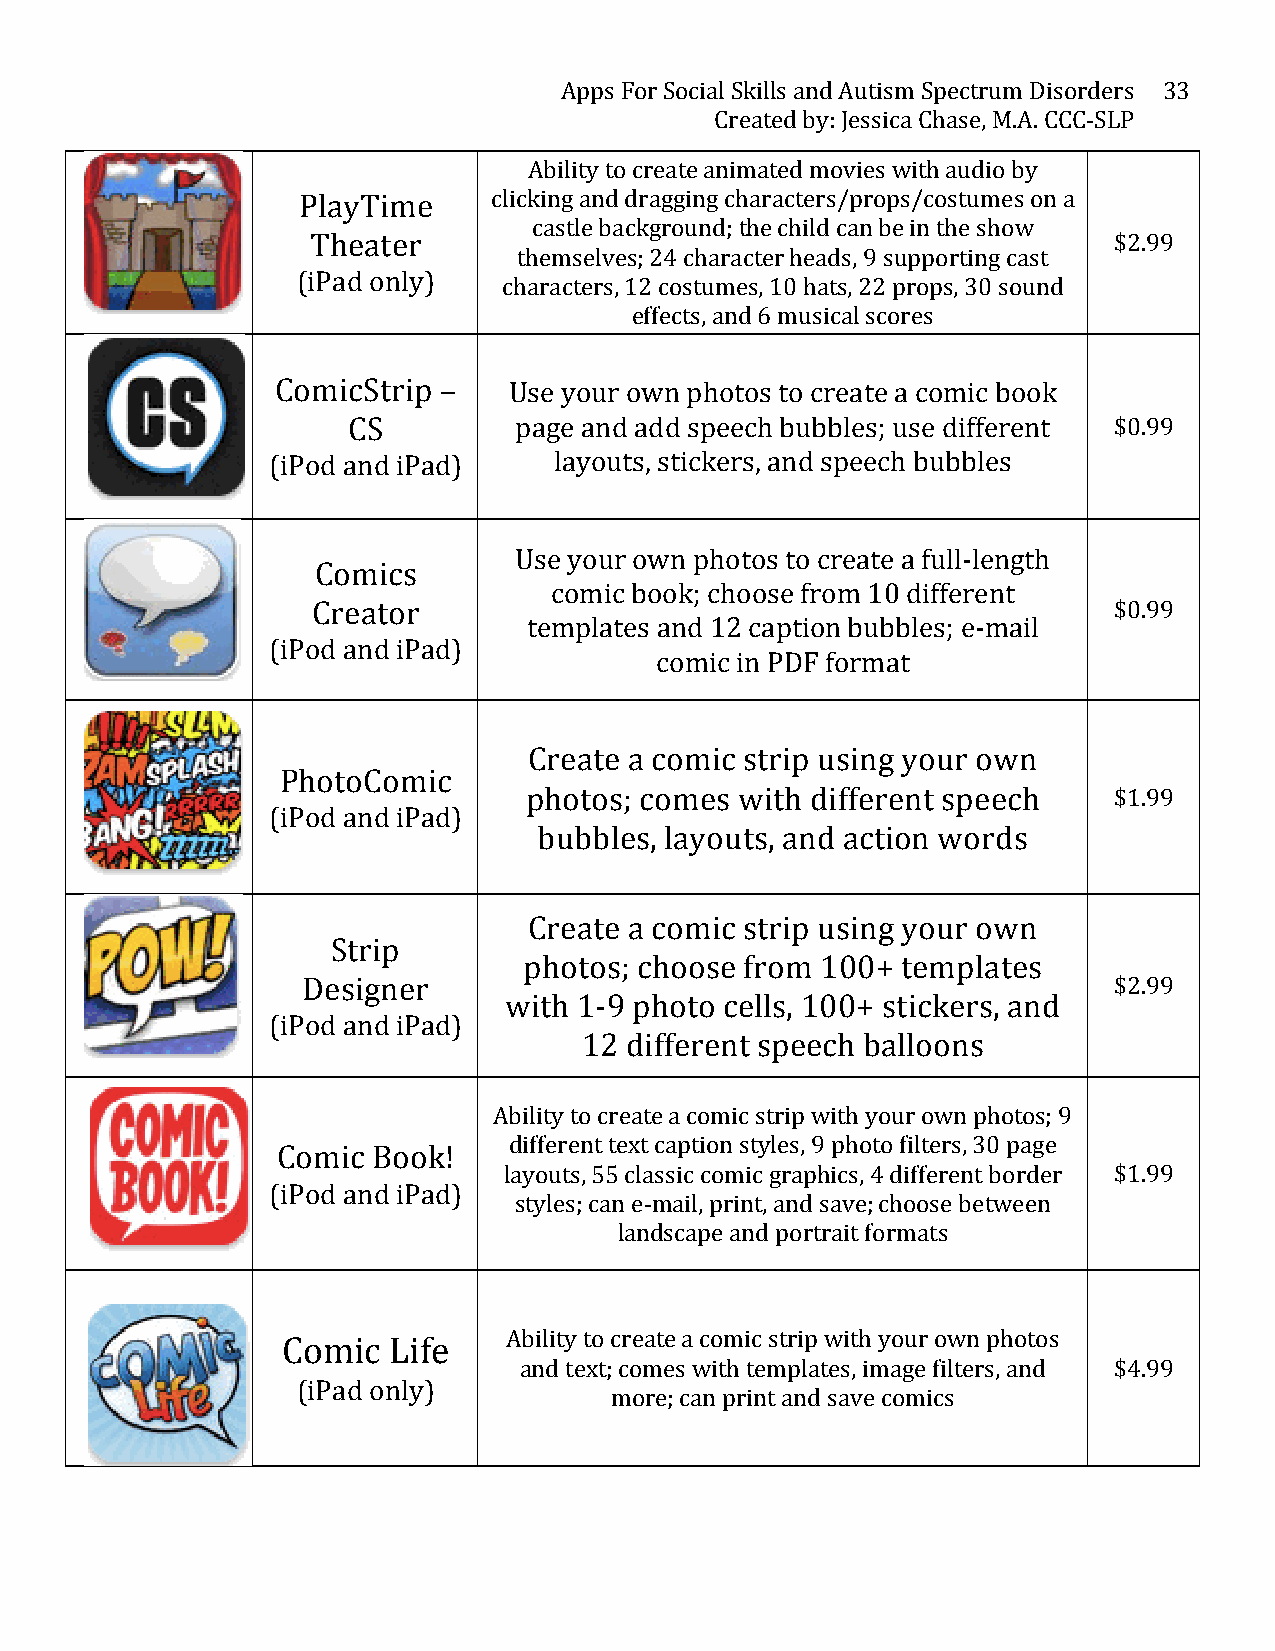
Apps For Social Skills and Autism Spectrum Disorders 33
 Created by: Jessica Chase, M.A. CCC-­‐SLP
 Ability to create animated movies with audio by
 PlayTime     clicking and dragging characters/props/costumes on a
 castle background; the child can be in the show
 Theater                                              $2.99
 themselves; 24 character heads, 9 supporting cast
 (iPad only)
 characters, 12 costumes, 10 hats, 22 props, 30 sound
 effects, and 6 musical scores
 ComicStrip –    Use your own photos to create a comic book
 CS         page and add speech bubbles; use different $0.99
 (iPod and iPad)    layouts, stickers, and speech bubbles
 Use your own photos to create a full-­‐length
 Comics
 comic book; choose from 10 different
 Creator                                              $0.99
 templates and 12 caption bubbles; e-­‐mail
 (iPod and iPad)
 comic in PDF format
 Create a comic strip using your own
 PhotoComic
 photos; comes with different speech    $1.99
 (iPod and iPad)
 bubbles, layouts, and action words
 Create a comic strip using your own
 Strip
 photos; choose from 100+ templates
 Designer                                              $2.99
 with 1-­‐9 photo cells, 100+ stickers, and
 (iPod and iPad)
 12 different speech balloons
 Ability to create a comic strip with your own photos; 9
 different text caption styles, 9 photo filters, 30 page
 Comic  Book!
 layouts, 55 classic comic graphics, 4 different border $1.99
 (iPod and iPad)
 styles; can e-­‐mail, print, and save; choose between
 landscape and portrait formats
 Ability to create a comic strip with your own photos
 Comic  Life
 and text; comes with templates, image filters, and $4.99
 (iPad only)
 more; can print and save comics